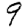
Digit: 9